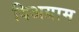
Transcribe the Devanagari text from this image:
दिअग्राम